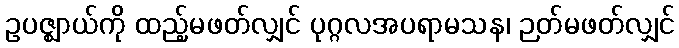
ဥပဇ္ဈာယ်ကို ထည့်မဖတ်လျှင် ပုဂ္ဂလအပရာမသန၊ ဉတ်မဖတ်လျှင်